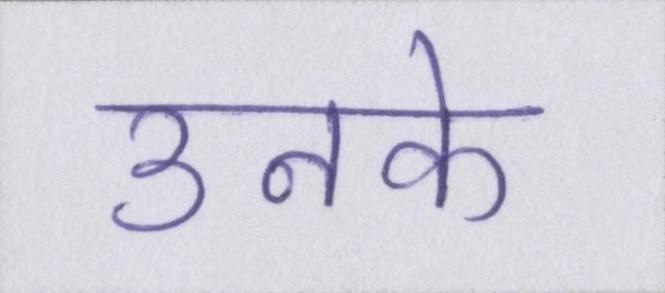
उनके